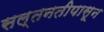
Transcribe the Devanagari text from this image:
सल्तनतीपासून